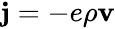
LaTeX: \begin{array}{r}{{\mathbf j}=-e\rho{\mathbf v}}\end{array}